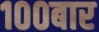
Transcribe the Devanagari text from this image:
१००बार